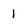
Character: 1